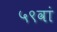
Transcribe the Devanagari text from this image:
५९वां